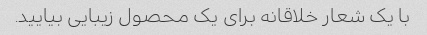
با یک شعار خلاقانه برای یک محصول زیبایی بیایید.